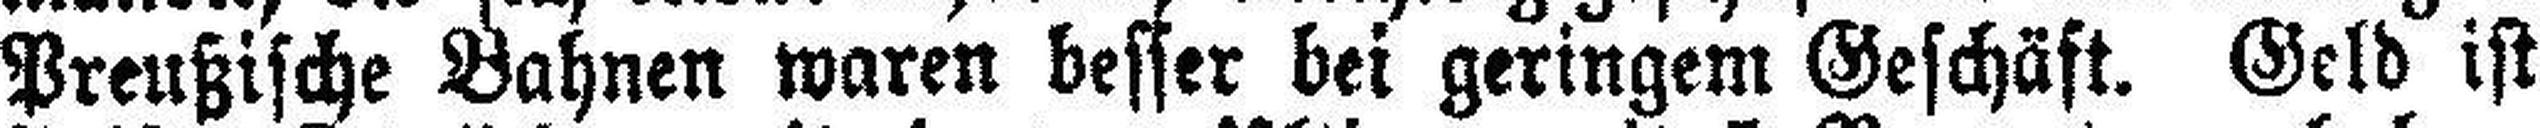
Preußische Bahnen waren besser bei geringem Geschäft. Geld ist